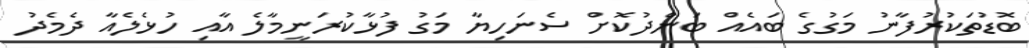
ބޮޑުތަކުރުފާނު މަގުގެ ބައެއް ބަންދުކޮށް ސެނަހިޔާ މަގު ފުޅާކުރަނީމާލެ އާއި ހުޅެލެއާ ދެމެދު